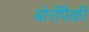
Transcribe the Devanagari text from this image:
बोरोंपैकी